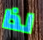
لذا